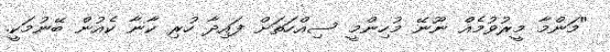
''މަންމާ މީރުވުމެއް ނޫނޭ މުހިންމީ ސިއްހަތަށް ފައިދާ ހުރި ކާނާ ކެއުން ބޭނުމަކީ.